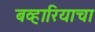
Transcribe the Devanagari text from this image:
बव्हारियाचा